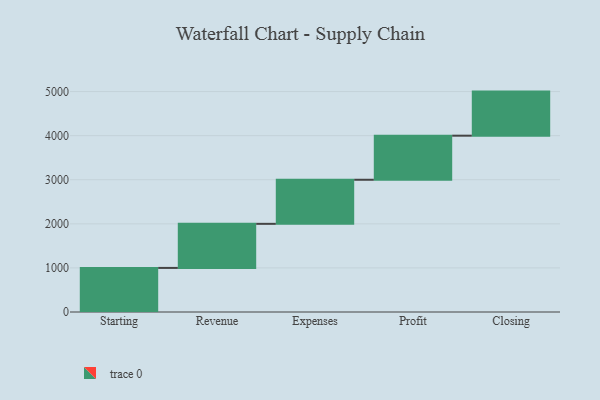
{"axis": {"x": "Step", "y": "Value"}, "legend": [""], "data": [{"x": "Starting", "y": 1000, "type": ""}, {"x": "Revenue", "y": 1000, "type": ""}, {"x": "Expenses", "y": 1000, "type": ""}, {"x": "Profit", "y": 1000, "type": ""}, {"x": "Closing", "y": 1000, "type": ""}]}